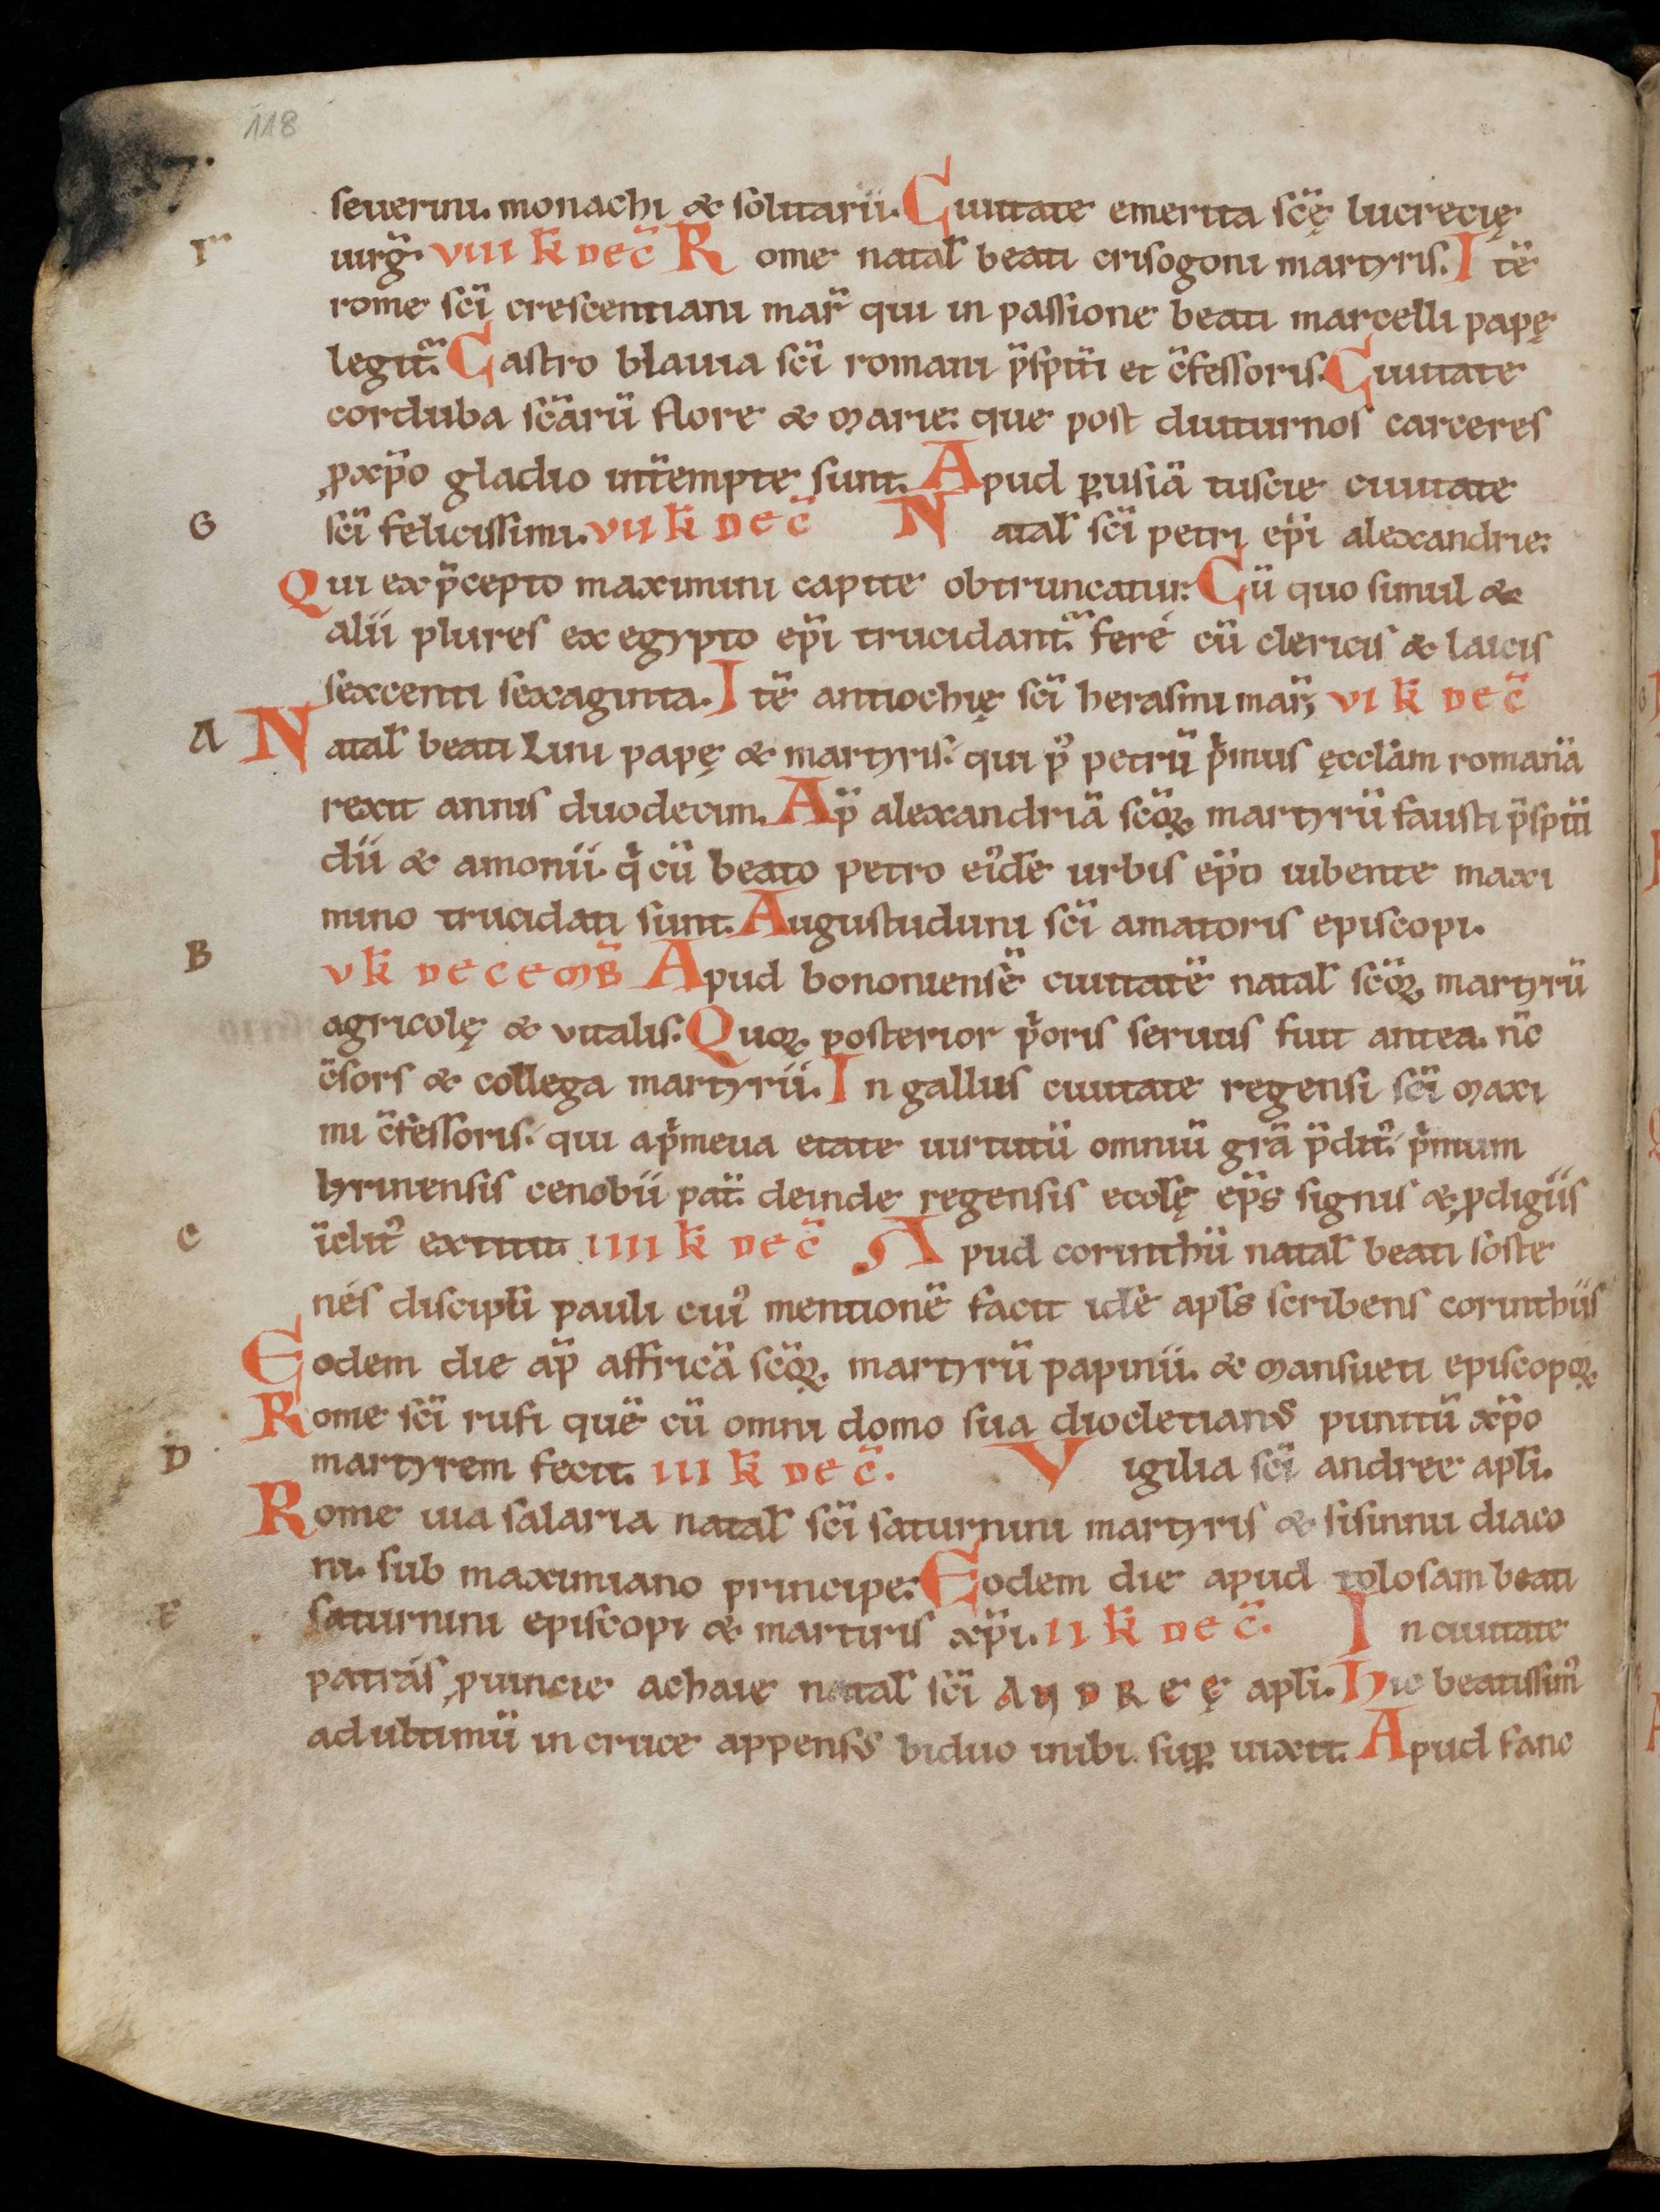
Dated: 1100–1199